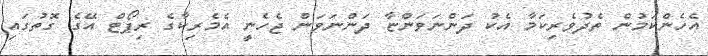
އެހެންކަމުން ތެދުވެރިކަމާ އެކު ދަންނަވަންޏާ ދަންނަވަން ޖެހެނީ އެމެރިކާގެ ރިޕޯޓް އޭގެ ގޮތުގައި